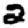
Digit: 2